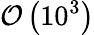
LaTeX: \mathcal{O}\left(10^{3}\right)